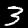
Label: 3